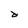
Character: d